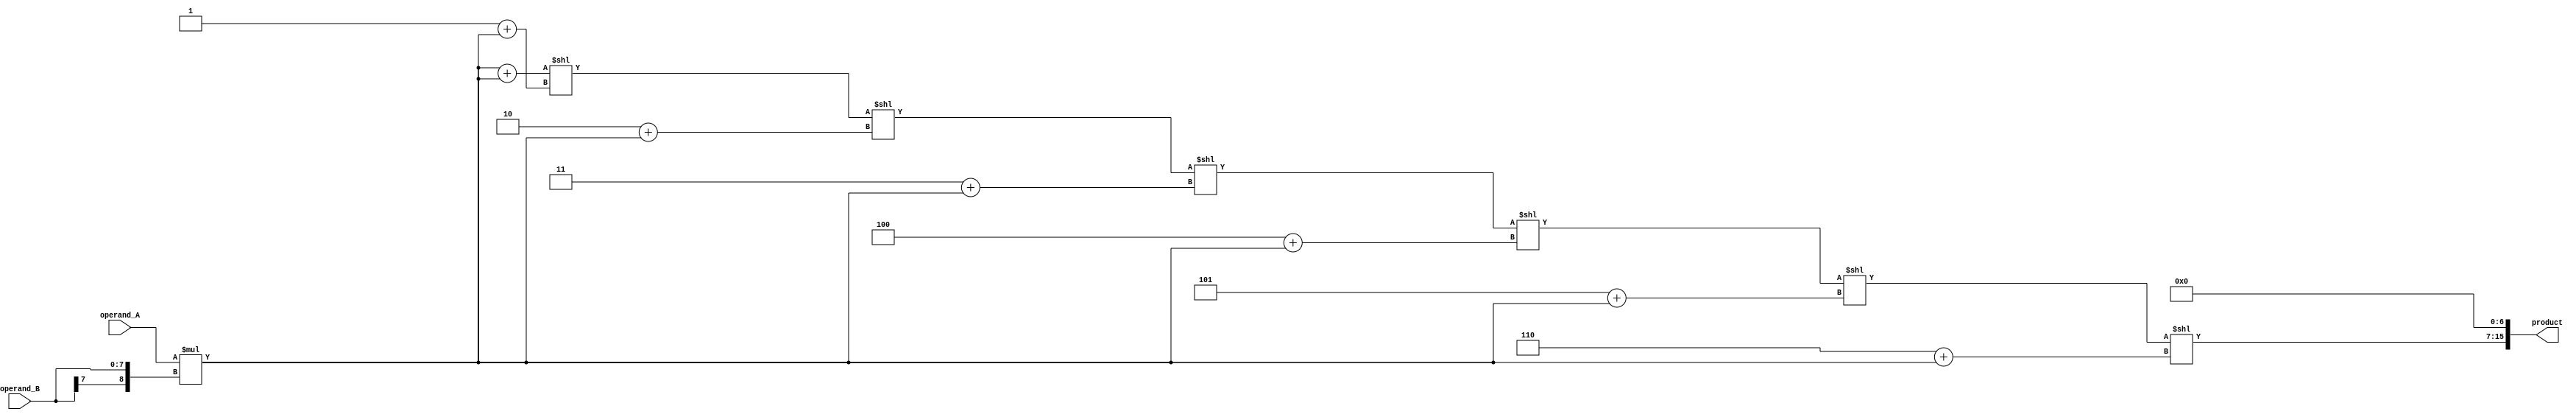
module Booth_Multiplier(
    input [7:0] operand_A,
    input [7:0] operand_B,
    output reg [15:0] product
);

wire [15:0] partial_product;
wire [15:0] sum;

// Partial product generation block
assign partial_product = operand_A * {operand_B[7], operand_B};
// Wallace tree adder for accumulation
assign sum = partial_product + partial_product << 1 + partial_product << 2 + partial_product << 3 + partial_product << 4 + partial_product << 5 + partial_product << 6 + partial_product << 7;
// Barrel shifter for shifting operations
assign product = sum;

endmodule